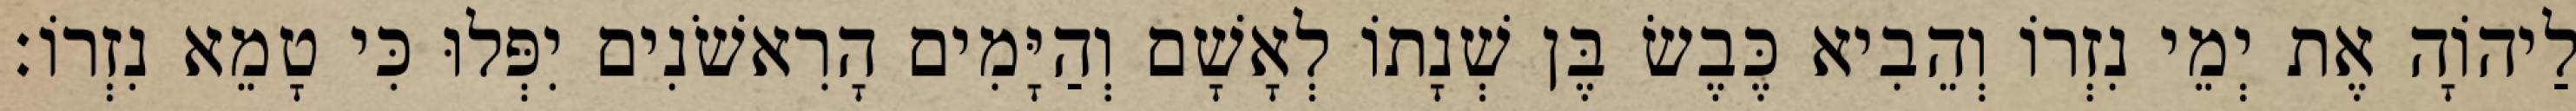
לַיהוָֹה אֶת יְמֵי נִזְרוֹ וְהֵבִיא כֶּבֶשׂ בֶּן שְׁנָתוֹ לְאָשָׁם וְהַיָּמִים הָרִאשֹׁנִים יִפְּלוּ כִּי טָמֵא נִזְרוֹ׃